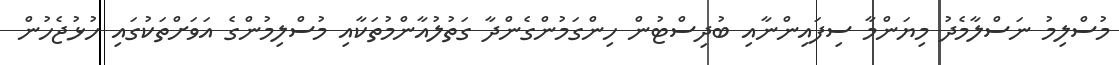
މުސްލިމު ނަސްލާމެދު މިޔަންމާ ސިފައިންނާއި ބުދިސްޓުން ހިންގަމުންގެންދާ ގަތުލުއާންމުތަކާއި މުސްލިމުންގެ އަވަށްތަކުގައި ހުޅުޖެހުން